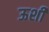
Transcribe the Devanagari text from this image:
ऊशी